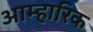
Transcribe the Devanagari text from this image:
आम्हारिक